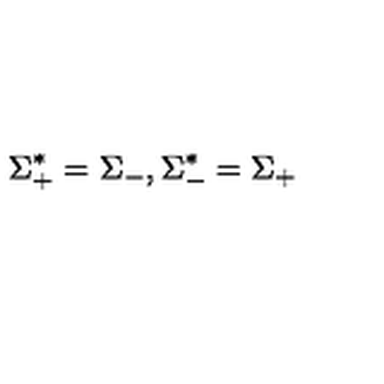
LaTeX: \Sigma _ { + } ^ { * } = \Sigma _ { - } , \Sigma _ { - } ^ { * } = \Sigma _ { + }